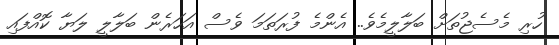
ހުރި މެސެޖުތަށް ބަލާލީމެވެ.. އެންމެ ފުރަތަމަ ވެސް އަހަރެން ބަލާލީ ލަޔާ ކޮއްފައި